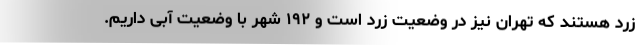
زرد هستند که تهران نیز در وضعیت زرد ‌است و ۱۹۲ شهر با وضعیت آبی داریم.